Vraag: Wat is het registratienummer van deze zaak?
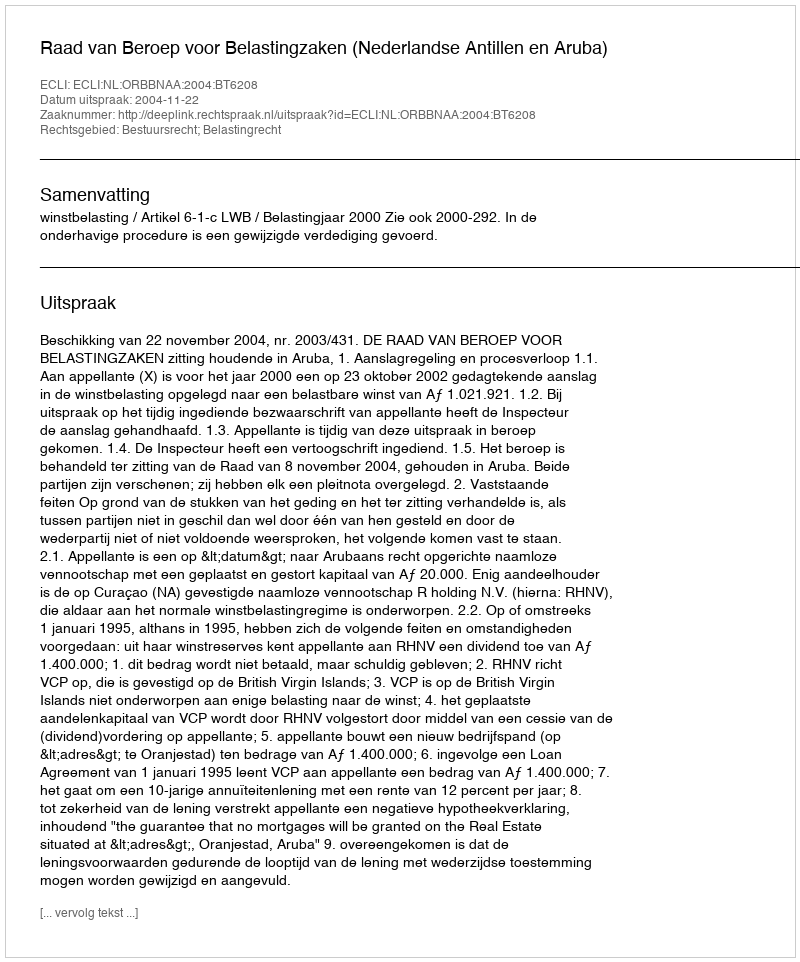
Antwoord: http://deeplink.rechtspraak.nl/uitspraak?id=ECLI:NL:ORBBNAA:2004:BT6208